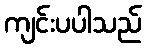
ကျင်းပပါသည်